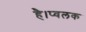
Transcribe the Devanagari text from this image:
है।प्वलक